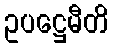
ဥပဋ္ဌေမီတိ